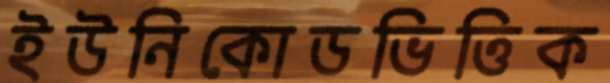
ইউনিকোডভিত্তিক